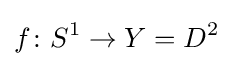
f\colon S^{1}\to Y=D^{2}